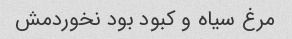
مرغ سیاه و کبود بود نخوردمش